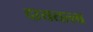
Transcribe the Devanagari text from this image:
दायतत्त्व